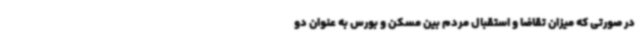
در صورتی که میزان تقاضا و استقبال مردم بین مسکن و بورس به عنوان دو